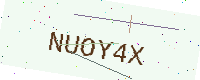
Text: NUOY4X